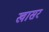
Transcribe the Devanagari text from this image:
खासर